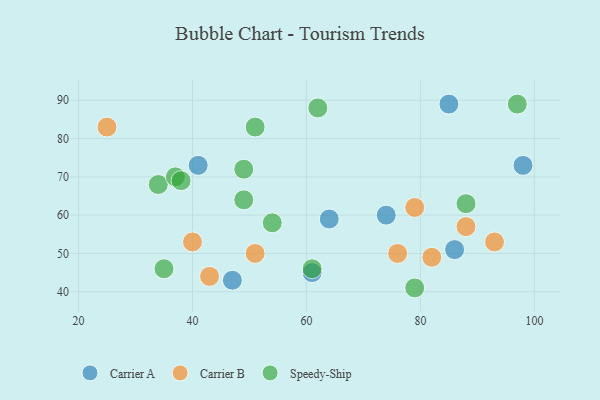
{"axis": {"x": "GDP", "y": "Life Expectancy"}, "legend": ["Carrier A", "Carrier B", "Speedy-Ship"], "data": [{"x": "85", "y": 89, "type": "Carrier A"}, {"x": "98", "y": 73, "type": "Carrier A"}, {"x": "41", "y": 73, "type": "Carrier A"}, {"x": "64", "y": 59, "type": "Carrier A"}, {"x": "86", "y": 51, "type": "Carrier A"}, {"x": "74", "y": 60, "type": "Carrier A"}, {"x": "47", "y": 43, "type": "Carrier A"}, {"x": "61", "y": 45, "type": "Carrier A"}, {"x": "40", "y": 53, "type": "Carrier B"}, {"x": "25", "y": 83, "type": "Carrier B"}, {"x": "76", "y": 50, "type": "Carrier B"}, {"x": "51", "y": 50, "type": "Carrier B"}, {"x": "79", "y": 62, "type": "Carrier B"}, {"x": "82", "y": 49, "type": "Carrier B"}, {"x": "93", "y": 53, "type": "Carrier B"}, {"x": "43", "y": 44, "type": "Carrier B"}, {"x": "88", "y": 57, "type": "Carrier B"}, {"x": "61", "y": 46, "type": "Speedy-Ship"}, {"x": "35", "y": 46, "type": "Speedy-Ship"}, {"x": "34", "y": 68, "type": "Speedy-Ship"}, {"x": "79", "y": 41, "type": "Speedy-Ship"}, {"x": "49", "y": 72, "type": "Speedy-Ship"}, {"x": "97", "y": 89, "type": "Speedy-Ship"}, {"x": "51", "y": 83, "type": "Speedy-Ship"}, {"x": "37", "y": 70, "type": "Speedy-Ship"}, {"x": "49", "y": 64, "type": "Speedy-Ship"}, {"x": "54", "y": 58, "type": "Speedy-Ship"}, {"x": "88", "y": 63, "type": "Speedy-Ship"}, {"x": "38", "y": 69, "type": "Speedy-Ship"}, {"x": "62", "y": 88, "type": "Speedy-Ship"}]}